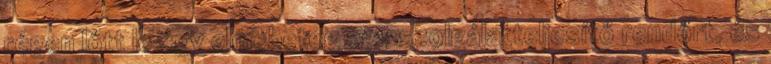
régen lőtt le egy elmebeteg egy szolgálatteljesítő rendőrt, és